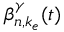
\beta _ { n , k _ { e } } ^ { \gamma } ( t )